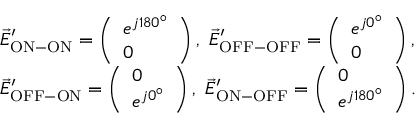
\begin{array} { r l } & { \vec { E } _ { \mathrm { { O N - O N } } } ^ { \prime } = \left( \begin{array} { l } { e ^ { j 1 8 0 ^ { \circ } } } \\ { 0 } \end{array} \right) , \mathrm { ~ } \vec { E } _ { \mathrm { O F F - O F F } } ^ { \prime } = \left( \begin{array} { l } { e ^ { j 0 ^ { \circ } } } \\ { 0 } \end{array} \right) , } \\ & { \vec { E } _ { \mathrm { { O F F - O N } } } ^ { \prime } = \left( \begin{array} { l } { 0 } \\ { e ^ { j 0 ^ { \circ } } } \end{array} \right) , \mathrm { ~ } \vec { E } _ { \mathrm { O N - O F F } } ^ { \prime } = \left( \begin{array} { l } { 0 } \\ { e ^ { j 1 8 0 ^ { \circ } } } \end{array} \right) . } \end{array}